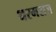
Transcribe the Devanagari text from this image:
धरमराज